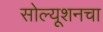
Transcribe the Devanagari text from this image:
सोल्यूशनचा